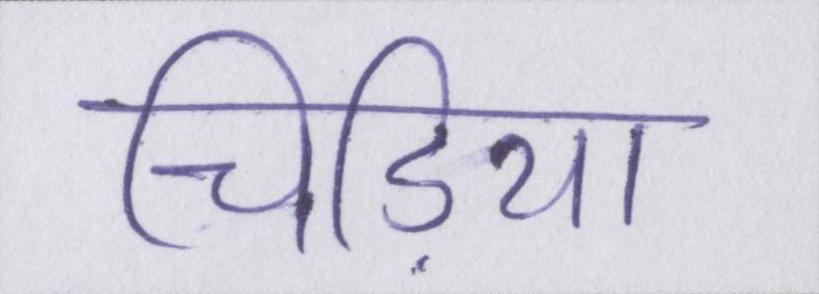
चिड़िया